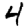
Digit: 4